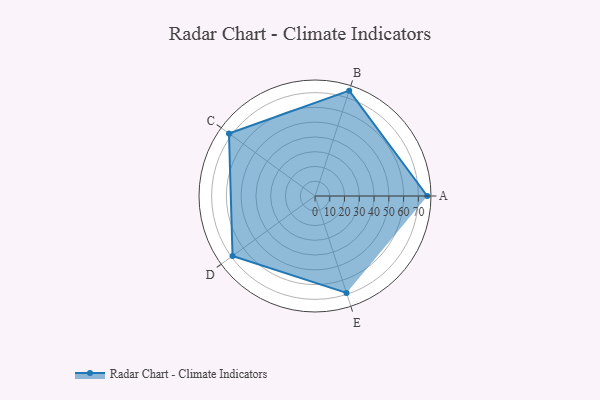
{"axis": {"x": "Skill", "y": "Score"}, "legend": ["Profile"], "data": [{"x": "A", "y": 76.0, "type": "Profile"}, {"x": "B", "y": 75.0, "type": "Profile"}, {"x": "C", "y": 72.0, "type": "Profile"}, {"x": "D", "y": 69.0, "type": "Profile"}, {"x": "E", "y": 69.0, "type": "Profile"}]}